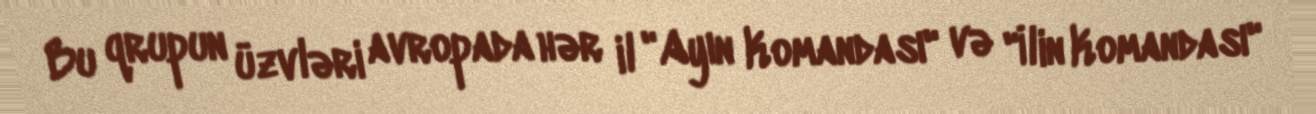
Bu qrupun üzvləri avropada hər il "Ayın Komandası" və "İlin Komandası"